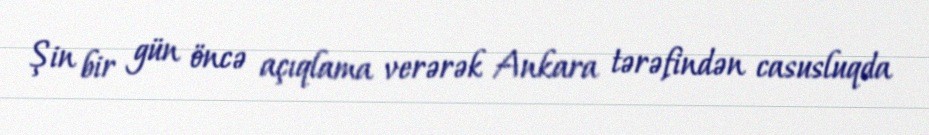
Şin bir gün öncə açıqlama verərək Ankara tərəfindən casusluqda